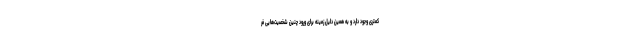
کمتری وجود دارد و به همین دلیل زمینه برای ورود چنین شخصیت‌هایی فر